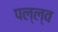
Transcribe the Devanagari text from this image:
पल्ल्व